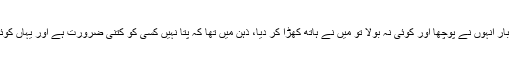
غالبا چار پانچ ماہ قبل، ایک بار انہوں نے پوچھا اور کوئی نہ بولا تو میں نے ہاتھ کھڑا کر دیا، ذہن میں تھا کہ پتا نہیں کسی کو کتنی ضرورت ہے اور یہاں کوئی سیرئیس ہی نہیں لے رہا۔